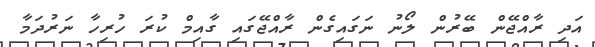
އަދި ރާއްޖޭން ބޭރުން ލޯނު ނަގައިގެން ރާއްޖޭގައި ގާއިމް ކުރަ ހުރިހާ ނަރުދަމާ